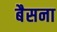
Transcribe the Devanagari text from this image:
बैसना